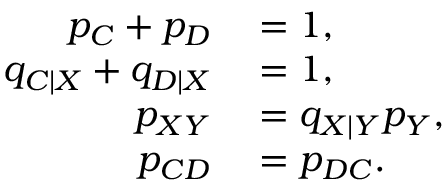
\begin{array} { r l } { p _ { C } + p _ { D } } & { { } = 1 , } \\ { q _ { C | X } + q _ { D | X } } & { { } = 1 , } \\ { p _ { X Y } } & { { } = q _ { X | Y } p _ { Y } , } \\ { p _ { C D } } & { { } = p _ { D C } . } \end{array}